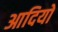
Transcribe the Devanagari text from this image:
आदियों